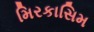
મિરકાસિમ